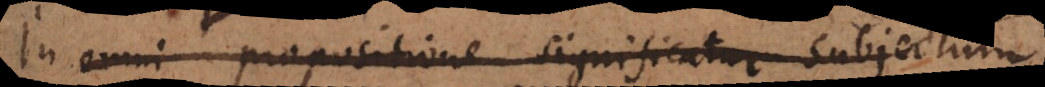
In omni propositione significatur subjectum